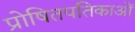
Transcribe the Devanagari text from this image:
प्रोषितपतिकाओं